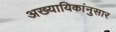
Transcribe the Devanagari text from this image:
अख्यायिकांनुसार